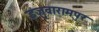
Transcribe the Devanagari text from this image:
इंजुवारामपुर